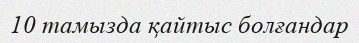
10 тамызда қайтыс болғандар